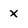
Character: x